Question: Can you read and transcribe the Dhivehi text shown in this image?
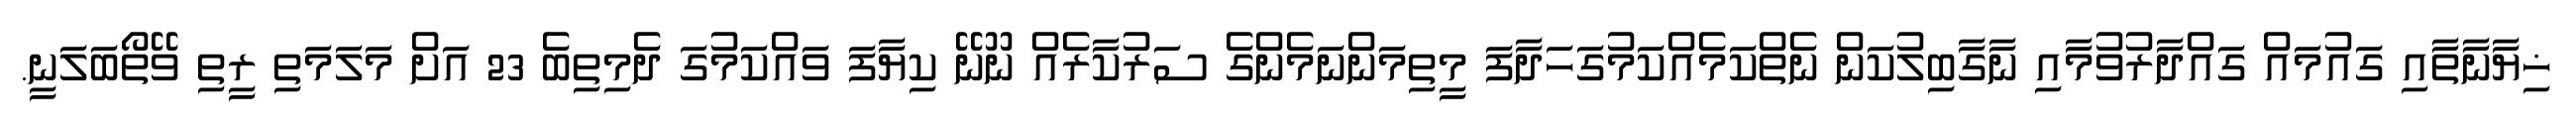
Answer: ޚިޔާނާތާއި ގައުމައް ގައްދާރުވުމާއި ނާގާބިލުކަން ނެތްކަމެއްކަމުގަހަދާފަ މީތިމަންނަމެންގެ ސަރުކާރެއް ނޫނޭ ކިޔާފަ ވައްކަމުގަ ދެމިތިބެ 23 އަށް މަލަމަތި ރީތި ވޭތޯބަލަނީ.